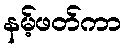
နမ့်ဖတ်ကာ